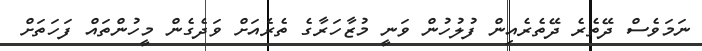
ނަމަވެސް ދޭތެރެ ދޭތެރެއިން ފުލުހުން ވަނީ މުޒާހަރާގެ ތެރެއަށް ވަދެގެން މީހުންތައް ފަހަތަށް